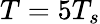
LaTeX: T=5T_{s}